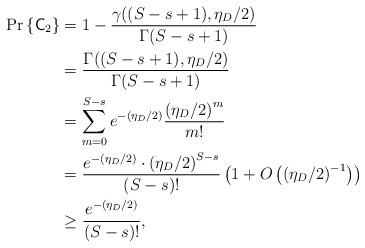
LaTeX: \begin{align*}\textrm{Pr} \left\{ \mathsf{C}_2 \right\} & = 1-\frac{\gamma((S-s+1), \eta_D/2)}{\Gamma(S-s+1 )} \\ &= \frac{\Gamma((S-s+1), \eta_D/2)}{\Gamma(S-s+1 )}\\& = \sum_{m=0}^{S-s} e^{-(\eta_D/2)} \frac{{(\eta_D/2)}^{m}}{m!} \\& = \frac{e^{-(\eta_D/2)}\cdot {(\eta_D/2)}^{S-s}}{(S-s)!}\left(1+ O\left({(\eta_D/2)}^{-1}\right)\right)\\&\ge \frac{e^{-(\eta_D/2)}}{(S-s)!},\end{align*}